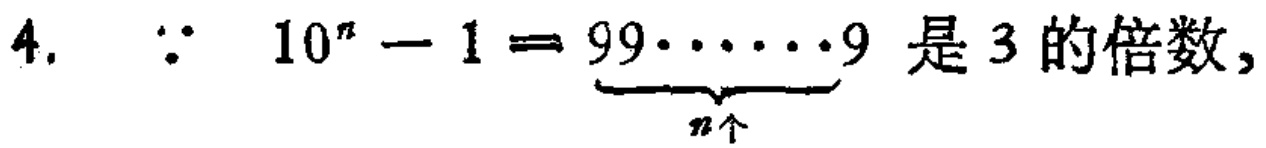
4. $\because 10^{n}-1=\underbrace{99\cdots\cdots9}_{n个}$ 是3的倍数,